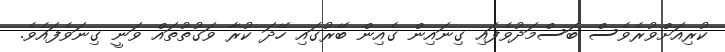
ކުރިއަށްވުރެވެސް ބަސްމަދުވެފައި ގިނައިން ގެއިން ބޭރުގައި ހޭދަ ކުރާ ވަގުތުތައް ވަނީ ގިނަވެފައެވެ.